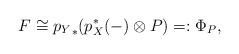
LaTeX: \begin{align*}F\cong {p_Y}_*(p_X^*(-)\otimes P)=:\Phi_P,\end{align*}